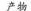
产物